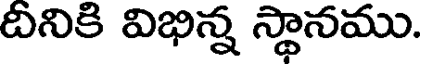
దీనికి విభిన్న స్థానము.